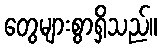
တွေများစွာရှိသည်။